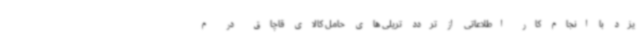
یزد با انجام کار اطلاعاتی از تردد تریلی های حامل کالای قاچاق در م